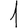
Digit: 1